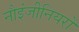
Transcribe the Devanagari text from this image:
नौइंजीनियरों